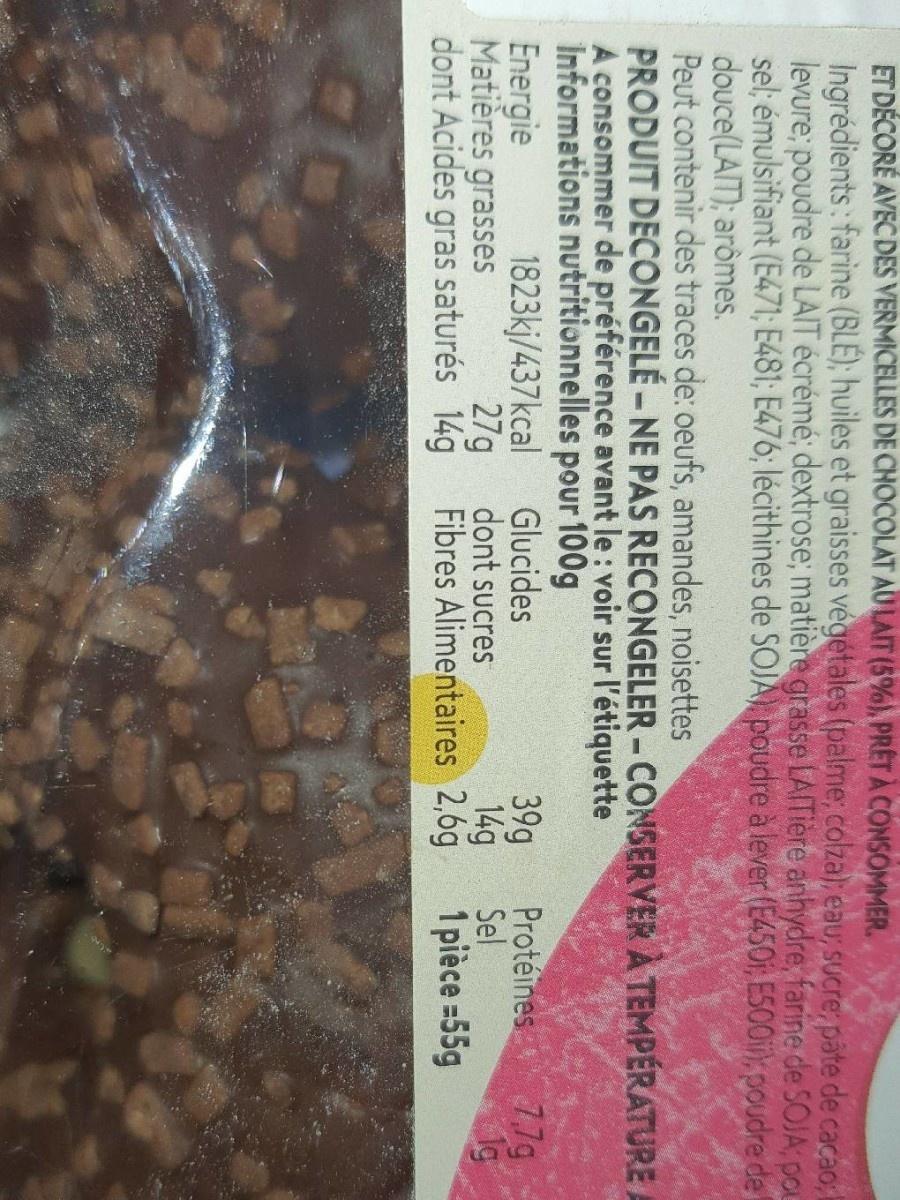
ET DÉCORÉ AVEC DES VERMICELLES DE CHOCOLAT AULAIT (5%), PRET À CONSOMMER. Ingrédients: farine (BLE); huiles et graisses végétales (palme; colza); eau, sucre, pate de cacao: levure; poudre de LAIT écrémé; dextrose; matière grasse LAITiere anhydre, farine de SOJA; pou sel; émulsifiant (E471; E481; E476; lécithines de SOJA poudre à lever (E450i; ES00i, poudre del douce(LAIT); arômes. Peut contenir des traces de: oeufs, amandes, noisettes PRODUIT DECONGELÉ -NE PAS RECONGELER -CONSERVER A TEMPERATURE A consommer de préférence avant le : voir sur l'étiquette Informations nutritionnelles pour 100g
Protéines 7,7g.
Energie Matières grasses dont Acides gras saturés 14g Fibres Alimentaires 2,6g
1823kj/437kcal Glucides 27g dont sucres
39g
14g
Sel
1 pièce =55g